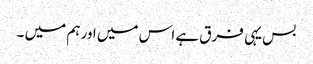
بس یہی فرق ہے اس میں اور ہم میں ۔